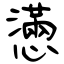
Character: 懣